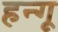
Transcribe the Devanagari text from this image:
हन्गू